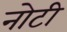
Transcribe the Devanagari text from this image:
नोटी